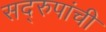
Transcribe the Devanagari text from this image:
सद्‌रुपांची